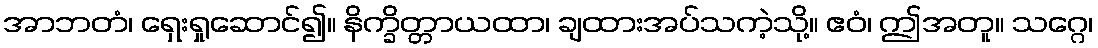
အာဘတံ၊ ရှေးရှုဆောင်၍။ နိက္ခိတ္တာယထာ၊ ချထားအပ်သကဲ့သို့။ ဧဝံ၊ ဤအတူ။ သဂ္ဂေ၊